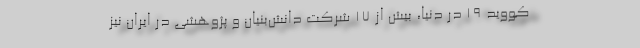
کووید ۱۹ در دنیا، بیش از ۱۷ شرکت دانش‌بنیان و پژوهشی در ایران نیز